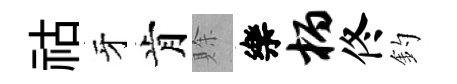
祜牙肯賖樂柄佟釣